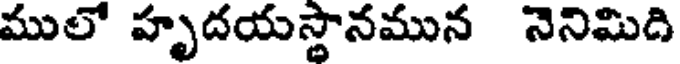
ములో హృదయస్థానమున నెనిమిది